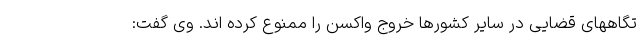
تگاههای قضایی در سایر کشورها خروج واکسن را ممنوع کرده اند. وی گفت: